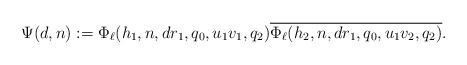
LaTeX: \begin{align*} \Psi(d,n):= \Phi_{\ell}(h_1, n,dr_1,q_0,u_1v_1,q_2) \overline{ \Phi_{\ell}(h_2,n, dr_1, q_0,u_1v_2,q_2) }.\end{align*}